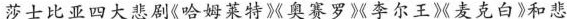
莎士比重四大悲剧哈姆特%奥赛罗李尔王麦克白》和悲